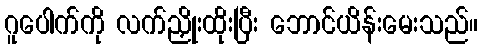
ဂူပေါက်ကို လက်ညှိုးထိုးပြီး ဘောင်ယိန်းမေးသည်။